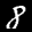
Label: 8